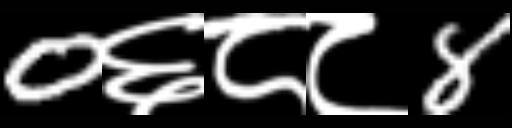
Text: 0६८८8